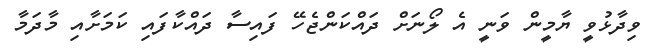
ވިދާޅުވީ ޔާމީން ވަނީ އެ ލޯނަށް ދައްކަންޖެހޭ ފައިސާ ދައްކާފައި ކަމަށާއި މާދަމާ